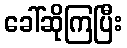
ခေါ်ဆိုကြပြီး